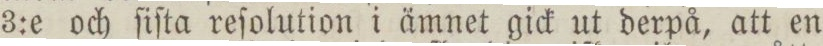
3:e och ſiſta reſolution i ämnet gick ut derpå, att en